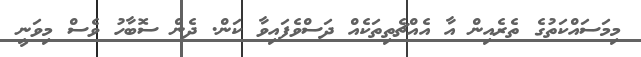
މިމަސައްކަތުގެ ތެރެއިން އާ އެއްޗެތިތަކެއް ދަސްވެފައިވާ ކަން. ދެން ސޮބާހު ވެސް މިވަނީ